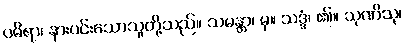
ပဓိရာ၊ နားပင်းသောသူတို့သည်။ သမန္တာ၊ မှ။ သဒ္ဒံ၊ ၏။ သုဏိသု၊